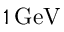
1 \, \mathrm { G e V }